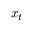
x _ { t }